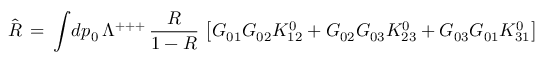
\hat { R } \, = \, \int \! d p _ { 0 } \, \Lambda ^ { + + + } \, { \frac { R } { 1 - R } } \, \left[ G _ { 0 1 } G _ { 0 2 } K _ { 1 2 } ^ { 0 } + G _ { 0 2 } G _ { 0 3 } K _ { 2 3 } ^ { 0 } + G _ { 0 3 } G _ { 0 1 } K _ { 3 1 } ^ { 0 } \right]